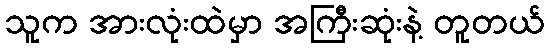
သူက အားလုံးထဲမှာ အကြီးဆုံးနဲ့ တူတယ်